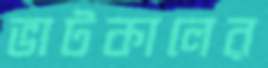
ভাটকালের